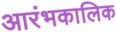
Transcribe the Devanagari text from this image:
आरंभकालिक